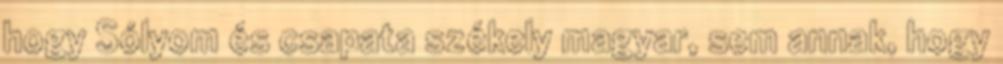
hogy Sólyom és csapata székely magyar, sem annak, hogy